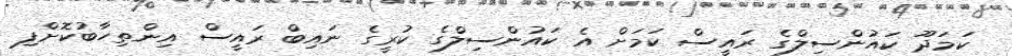
ކަމަދޫ ކައުންސިލްގެ ރައީސް ކަމަށް އެ ކައުންސިލްގެ ކުރީގެ ނައިބް ރައީސް އިންތިހާބުކޮށްފި